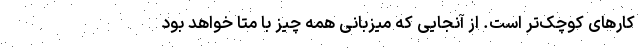
کارهای کوچک‌تر است. از آنجایی که میزبانی همه چیز با متا خواهد بود